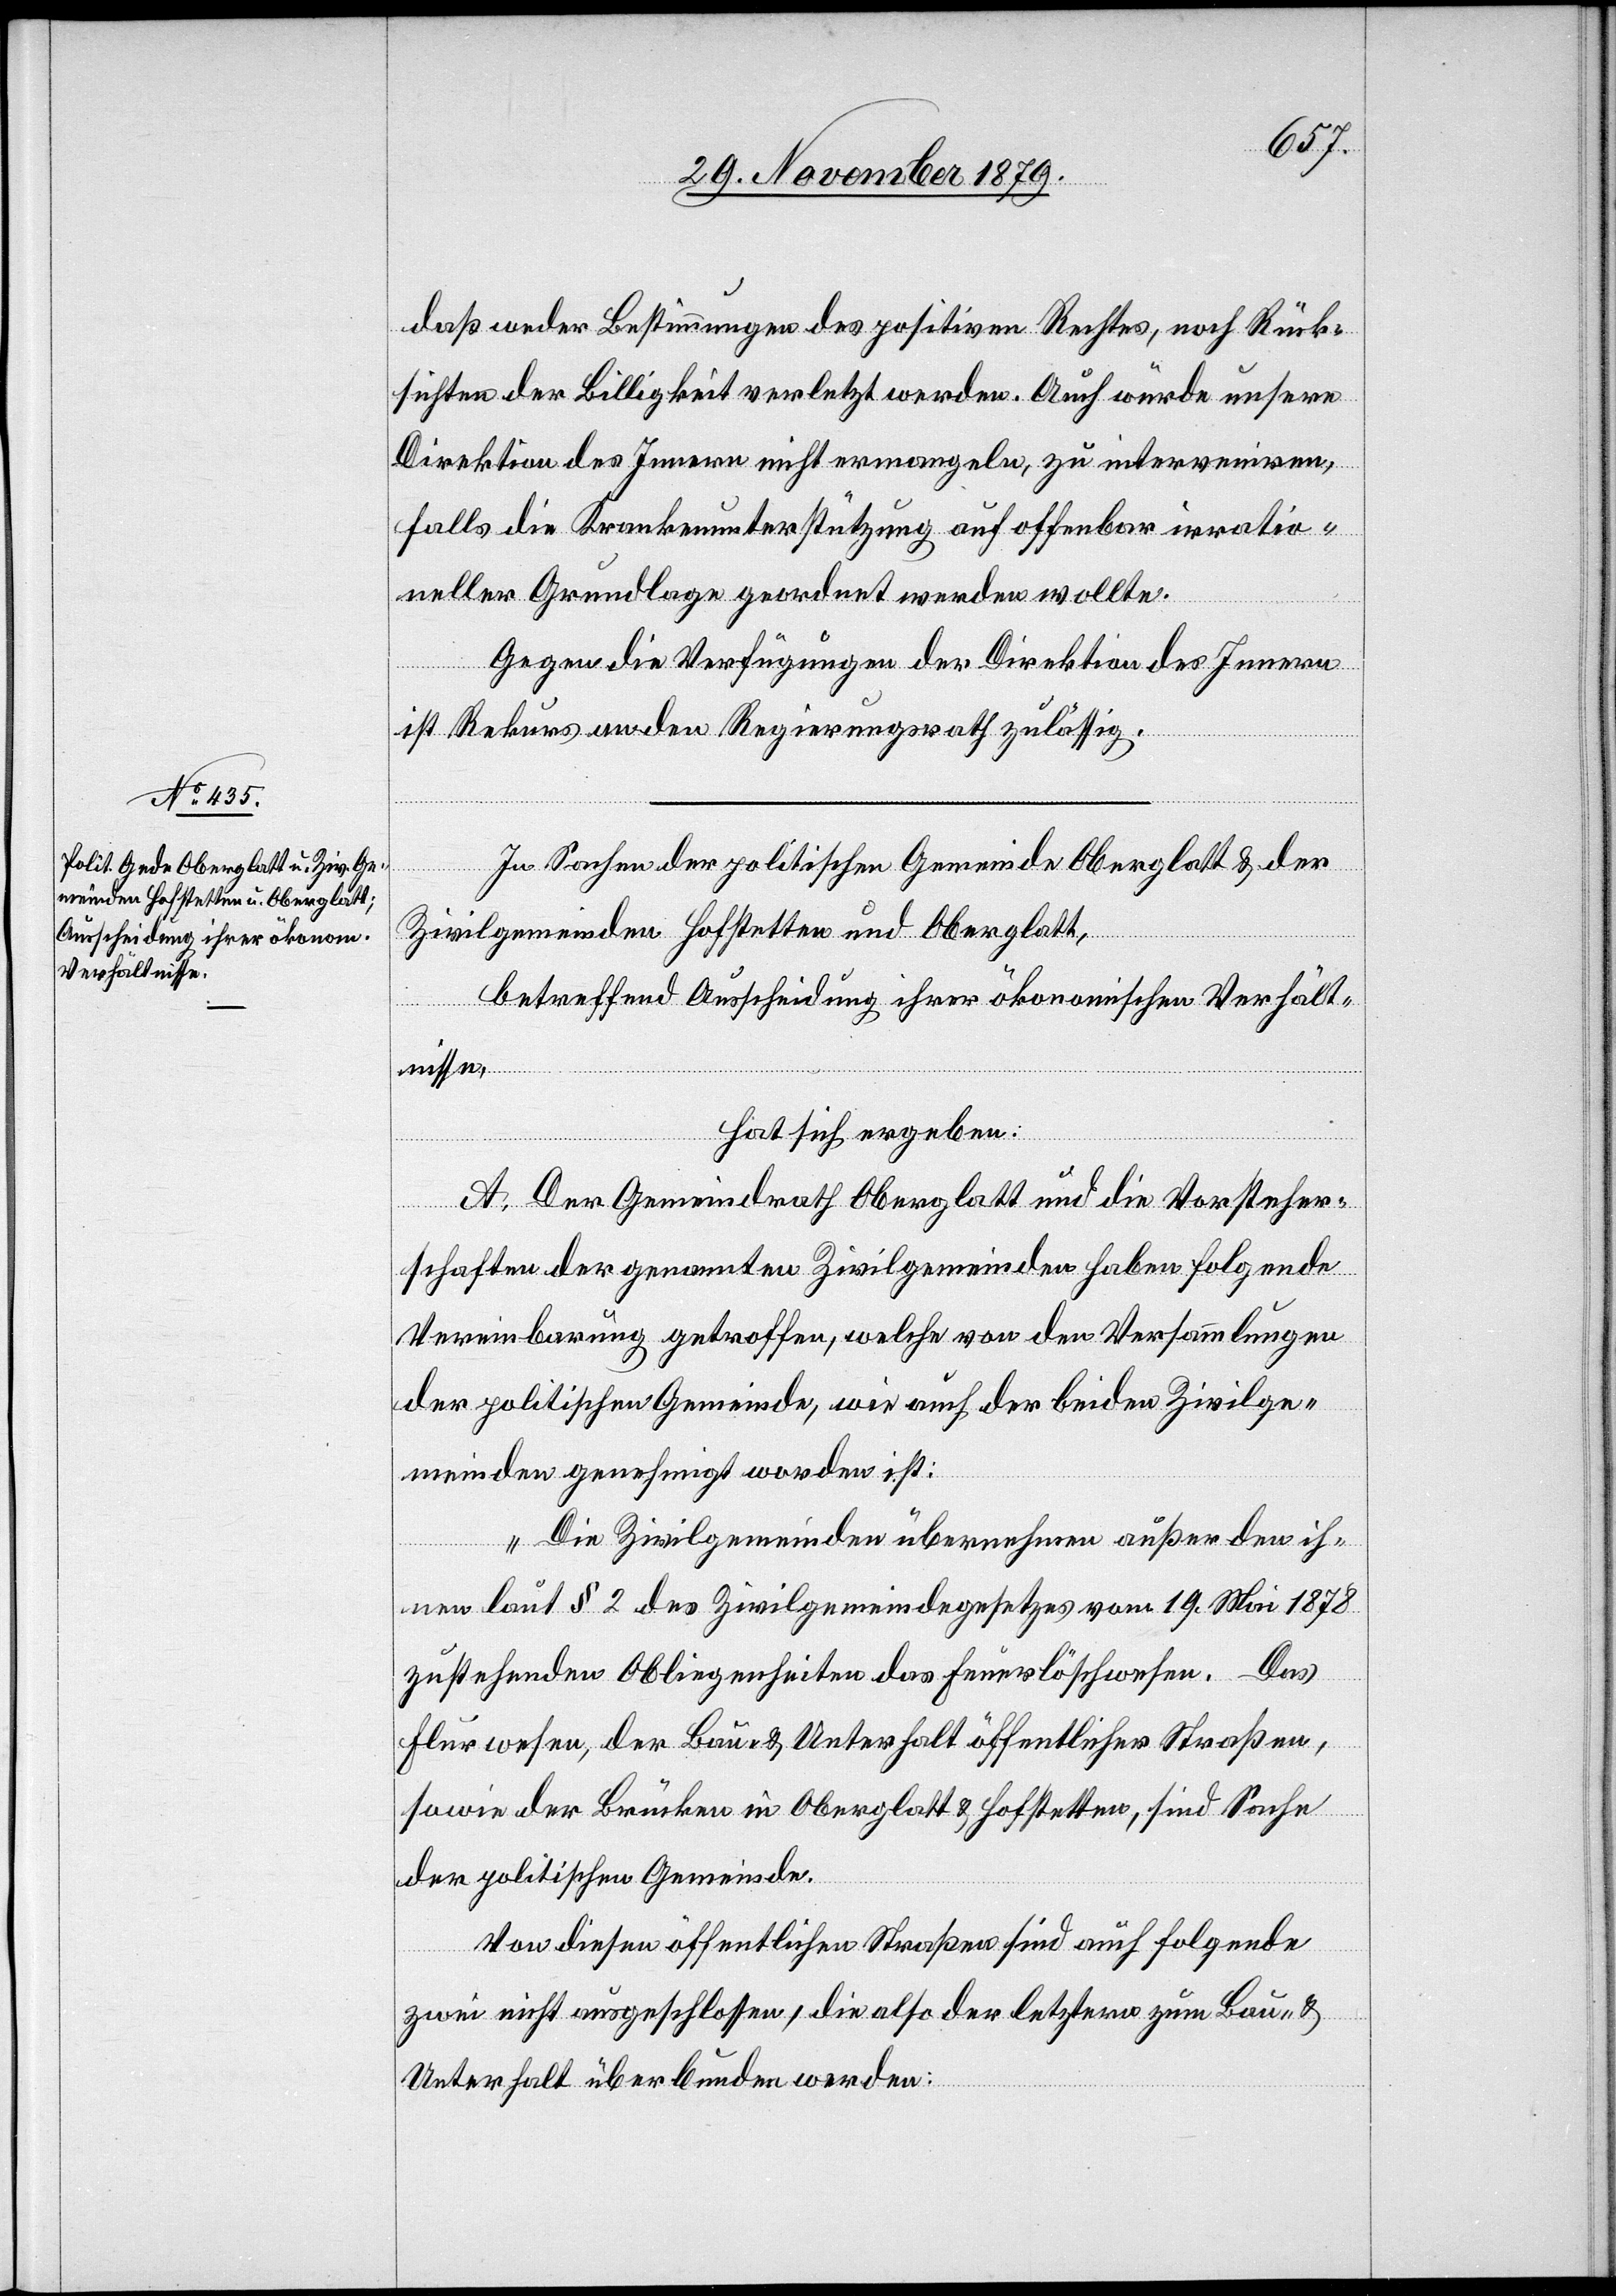
daß weder Bestimmungen des positiven Rechtes, noch Rück¬
sichten der Billigkeit verletzt werden. Auch würde unsere
Direktion des Innern nicht ermangeln, zu interveniren,
falls die Krankenunterstützung auf offenbar irratio¬
neller Grundlage geordert werden wollte.
Gegen die Verfügung der Direktion des Innern
ist Rekurs an den Regierungsrath zulässig.
In Sachen der politischen Gemeinde Oberglatt & der
Zivilgemeinden Hofstetten und Oberglatt,
betreffend Ausscheidung ihrer ökonomischen Verhält¬
nisse,
hat sich ergeben:
A. Der Gemeindrath Oberglatt und die Vorsteher¬
schaften der genannten Zivilgemeinden haben folgende
Vereinbarung getroffen, welche von den Versammlungen
der politischen Gemeinde, wie auch der beiden Zivilge¬
meinden genehmigt worden ist:
„Die Zivilgemeinden übernehmen außer den ih¬
nen laut § 2 des Zivilgemeindegesetzes vom 19. Mai 1878
zustehenden Obliegenheiten das Feuerlöschwesen. Das
Flurwesen, der Bau- & Unterhalt öffentlicher Straßen,
sowie der Brücken in Oberglatt & Hofstetten, sind Sache
der politischen Gemeinde.
Von diesen öffentlichen Straßen sind auch folgende
zwei nicht ausgeschlossen, die also der letztere zum Bau- &
Unterhalt überbunden werden: